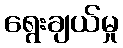
ရွေးချယ်မှု